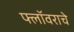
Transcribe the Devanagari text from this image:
फ्लॉवराचे